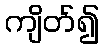
ကျိတ်၍